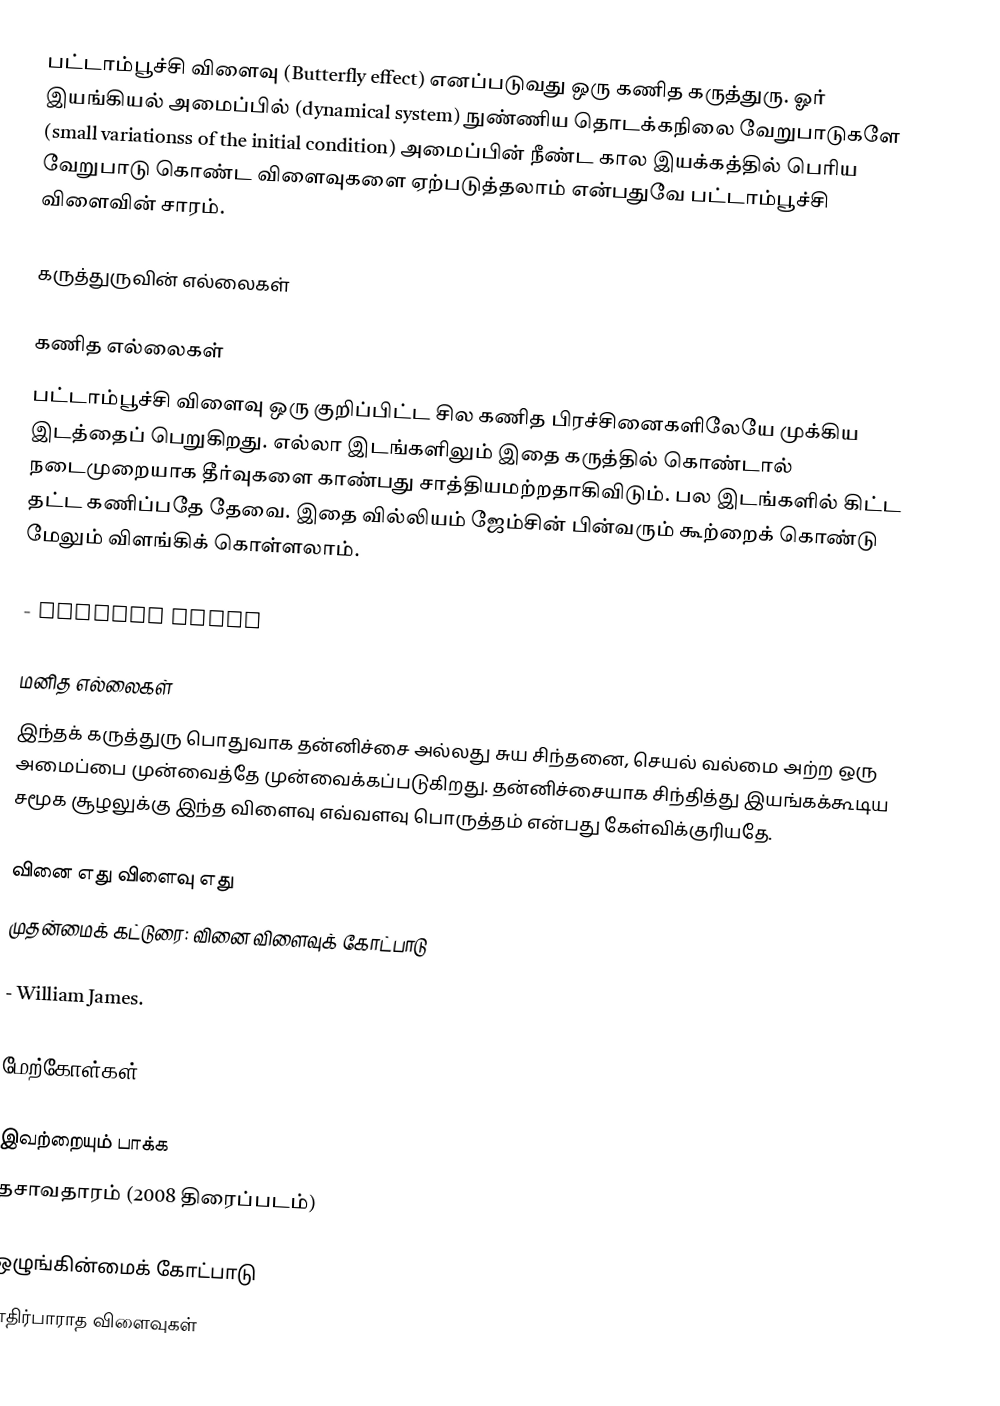
பட்டாம்பூச்சி விளைவு (Butterfly effect) எனப்படுவது ஒரு கணித கருத்துரு. ஓர் இயங்கியல் அமைப்பில் (dynamical system) நுண்ணிய தொடக்கநிலை வேறுபாடுகளே (small variationss of the initial condition) அமைப்பின் நீண்ட கால இயக்கத்தில் பெரிய வேறுபாடு கொண்ட விளைவுகளை ஏற்படுத்தலாம் என்பதுவே பட்டாம்பூச்சி விளைவின் சாரம்.

கருத்துருவின் எல்லைகள்

கணித எல்லைகள்
பட்டாம்பூச்சி விளைவு ஒரு குறிப்பிட்ட சில கணித பிரச்சினைகளிலேயே முக்கிய இடத்தைப் பெறுகிறது. எல்லா இடங்களிலும் இதை கருத்தில் கொண்டால் நடைமுறையாக தீர்வுகளை காண்பது சாத்தியமற்றதாகிவிடும். பல இடங்களில் கிட்ட தட்ட கணிப்பதே தேவை. இதை வில்லியம் ஜேம்சின் பின்வரும் கூற்றைக் கொண்டு மேலும் விளங்கிக் கொள்ளலாம்.

 - William James

மனித எல்லைகள்
இந்தக் கருத்துரு பொதுவாக தன்னிச்சை அல்லது சுய சிந்தனை, செயல் வல்மை அற்ற ஒரு அமைப்பை முன்வைத்தே முன்வைக்கப்படுகிறது.  தன்னிச்சையாக சிந்தித்து இயங்கக்கூடிய சமூக சூழலுக்கு இந்த விளைவு எவ்வளவு பொருத்தம் என்பது கேள்விக்குரியதே.

வினை எது விளைவு எது
முதன்மைக் கட்டுரை: வினை விளைவுக் கோட்பாடு

 - William James.

மேற்கோள்கள்

இவற்றையும் பாக்க
 தசாவதாரம் (2008 திரைப்படம்)

ஒழுங்கின்மைக் கோட்பாடு
எதிர்பாராத விளைவுகள்